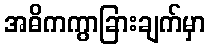
အဓိကကွာခြားချက်မှာ